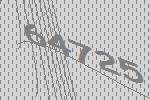
64725